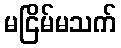
မငြိမ်မသက်